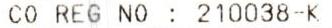
CO REG NO :210038-K